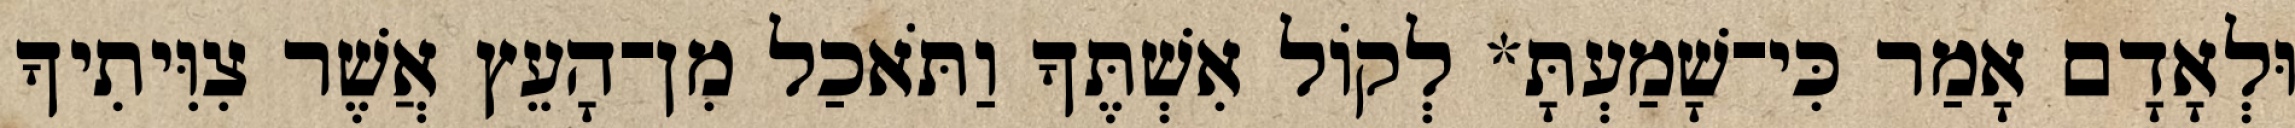
וּלְאָדָם אָמַר כִּי־שָׁמַעְתָּ* לְקֹול אִשְׁתֶּךָ וַתֹּאכַל מִן־הָעֵץ אֲשֶׁר צִוִּיתִיךָ